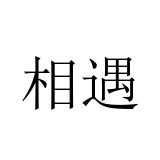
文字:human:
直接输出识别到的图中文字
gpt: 相遇